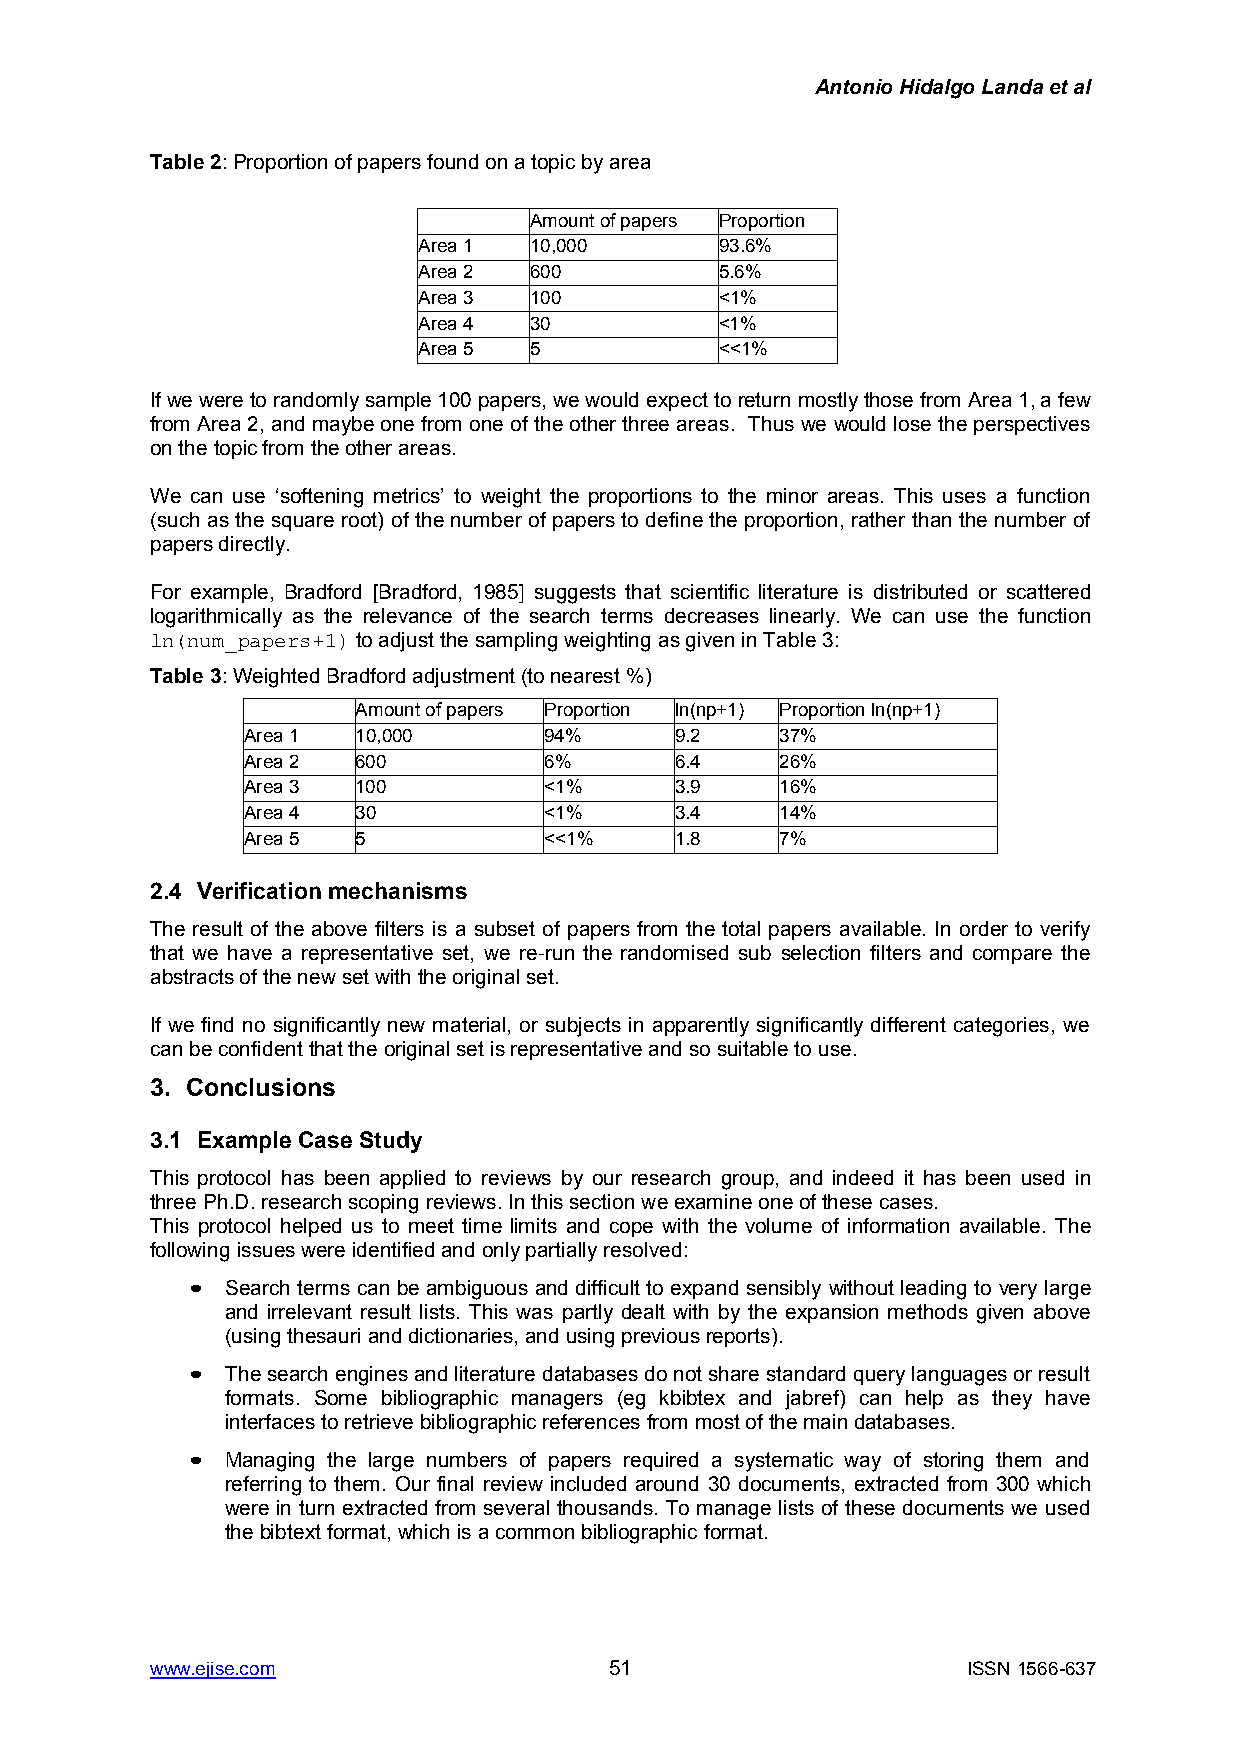
Antonio Hidalgo Landa et al
 Table 2: Proportion of papers found on a topic by area
 Amount of papers Proportion
 Area 1 10,000       93.6%
 Area 2 600          5.6%
 Area 3 100          <1%
 Area 4 30           <1%
 Area 5 5            <<1%
 If we were to randomly sample 100 papers, we would expect to return mostly those from Area 1, a few
 from Area 2, and maybe one from one of the other three areas. Thus we would lose the perspectives
 on the topic from the other areas.
 We can use „softening metrics‟ to weight the proportions to the minor areas. This uses a function
 (such as the square root) of the number of papers to define the proportion, rather than the number of
 papers directly.
 For example, Bradford [Bradford, 1985] suggests that scientific literature is distributed or scattered
 logarithmically as the relevance of the search terms decreases linearly. We can use the function
 ln(num_papers+1) to adjust the sampling weighting as given in Table 3:
 Table 3: Weighted Bradford adjustment (to nearest %)
 Amount of papers Proportion ln(np+1) Proportion ln(np+1)
 Area 1  10,000      94%      9.2    37%
 Area 2  600         6%       6.4    26%
 Area 3  100         <1%      3.9    16%
 Area 4  30          <1%      3.4    14%
 Area 5  5           <<1%     1.8    7%
 2.4 Verification mechanisms
 The result of the above filters is a subset of papers from the total papers available. In order to verify
 that we have a representative set, we re-run the randomised sub selection filters and compare the
 abstracts of the new set with the original set.
 If we find no significantly new material, or subjects in apparently significantly different categories, we
 can be confident that the original set is representative and so suitable to use.
 3. Conclusions
 3.1 Example Case Study
 This protocol has been applied to reviews by our research group, and indeed it has been used in
 three Ph.D. research scoping reviews. In this section we examine one of these cases.
 This protocol helped us to meet time limits and cope with the volume of information available. The
 following issues were identified and only partially resolved:
 •  Search terms can be ambiguous and difficult to expand sensibly without leading to very large
 and irrelevant result lists. This was partly dealt with by the expansion methods given above
 (using thesauri and dictionaries, and using previous reports).
 •  The search engines and literature databases do not share standard query languages or result
 formats. Some bibliographic managers (eg kbibtex and jabref) can help as they have
 interfaces to retrieve bibliographic references from most of the main databases.
 •  Managing the large numbers of papers required a systematic way of storing them and
 referring to them. Our final review included around 30 documents, extracted from 300 which
 were in turn extracted from several thousands. To manage lists of these documents we used
 the bibtext format, which is a common bibliographic format.
 www.ejise.com                 51                      ISSN 1566-637